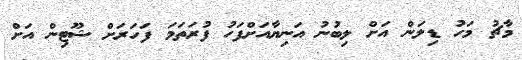
މާޗު މަހު ޑިލަން އަށް ލިބުނު އަނިޔާއަށްފަހު ފުރަތަމަ ފަހަރަށް ޝޫޓިން އަށް